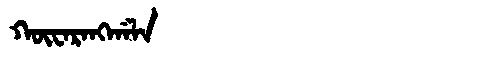
Manchu: ᡴᡡᠸᠠᡵᠠᠩᡤᠠᠯᠠ
Romanization: KŪWARANGGALA